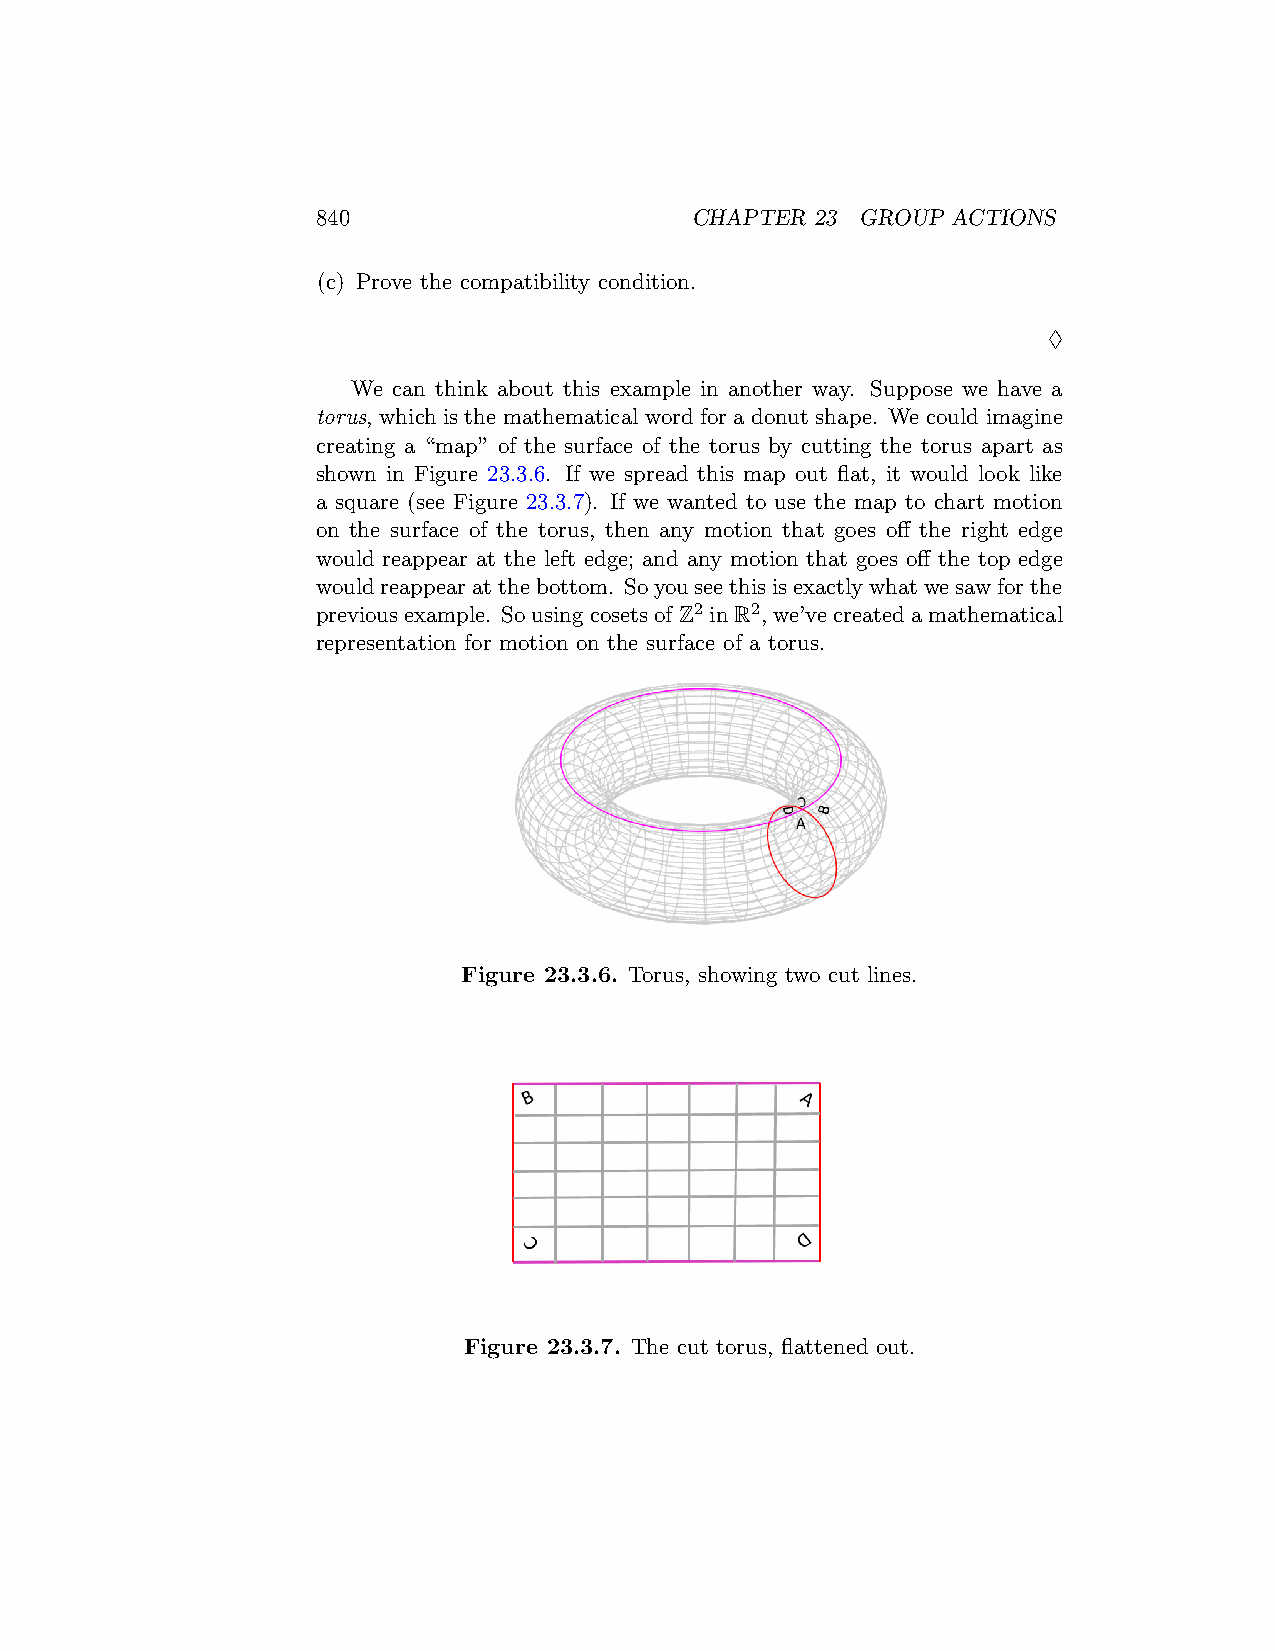
840                      CHAPTER 23 GROUP ACTIONS
 (c) Prove the compatibility condition.
 ♢
 We can think about this example in another way. Suppose we have a
 torus, which is the mathematical word for a donut shape. We could imagine
 creating a “map” of the surface of the torus by cutting the torus apart as
 shown in Figure 23.3.6. If we spread this map out flat, it would look like
 a square (see Figure 23.3.7). If we wanted to use the map to chart motion
 on the surface of the torus, then any motion that goes off the right edge
 would reappear at the left edge; and any motion that goes off the top edge
 wouldreappearatthebottom. Soyouseethisisexactlywhatwesawforthe
 previousexample. SousingcosetsofZ2 inR2, we’vecreatedamathematical
 representation for motion on the surface of a torus.
 Figure 23.3.6. Torus, showing two cut lines.
 Figure 23.3.7. The cut torus, flattened out.